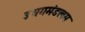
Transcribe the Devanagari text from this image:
उधगमंडलम